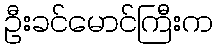
ဦးခင်မောင်ကြီးက